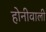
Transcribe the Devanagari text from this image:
होनीवाली